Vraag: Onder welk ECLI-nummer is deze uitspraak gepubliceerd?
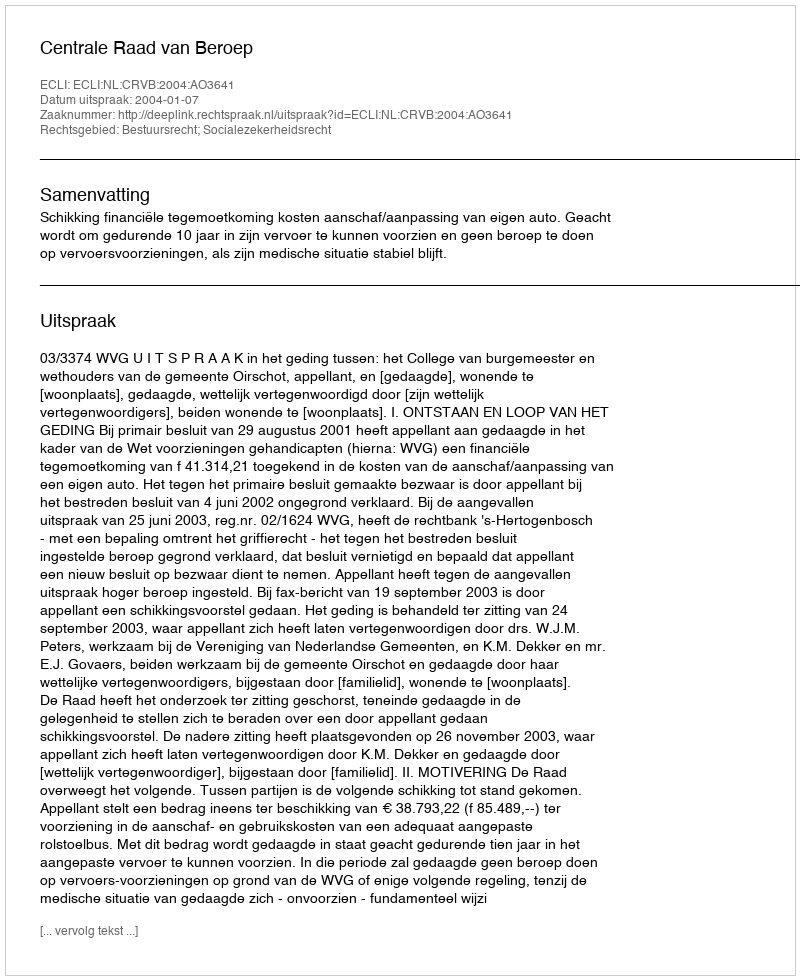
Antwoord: ECLI:NL:CRVB:2004:AO3641